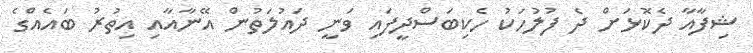
ޝިފާއާ ދެކޮޅަށް ދެ ފުލުހަކު ހެކިބަސްދީފައި ވަނީ ދައުލަތުން އޭނާއާއި އިތުރު ބައެއްގެ